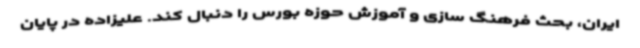
ایران، بحث فرهنگ سازی و آموزش حوزه بورس را دنبال کند. علیزاده در پایان